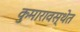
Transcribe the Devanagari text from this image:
कुमारावस्थेत